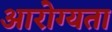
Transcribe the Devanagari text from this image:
आरोग्‍यता